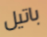
باتيل